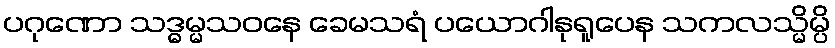
ပဂုဏော သဒ္ဓမ္မသဝနေ ခေမသရံ ပယောဂါနုရူပေန သကလသ္မိမ္ပိ